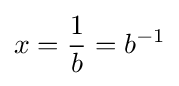
x={\frac {1}{b}}=b^{-1}